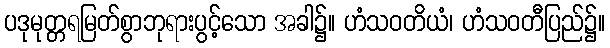
ပဒုမုတ္တရမြတ်စွာဘုရားပွင့်သော အခါ၌။ ဟံသဝတိယံ၊ ဟံသဝတီပြည်၌။